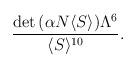
LaTeX: \begin{align*}\frac{\mbox{det}\, (\alpha N \langle S\rangle) \Lambda^{6}}{\langle S\rangle^{10}} .\end{align*}